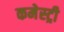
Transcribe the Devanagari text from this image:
कमेस्ट्री